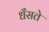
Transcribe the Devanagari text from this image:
धँसते